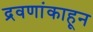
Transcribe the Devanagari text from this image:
द्रवणांकाहून